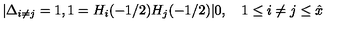
| \Delta _ { i \ne j } = 1 , 1 = H _ { i } ( - 1 / 2 ) H _ { j } ( - 1 / 2 ) | 0 , \quad 1 \le i \ne j \le { \hat { x } }